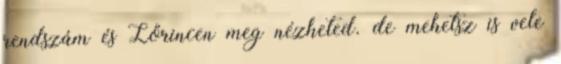
rendszám és Lőrincen meg nézheted. de mehetsz is vele